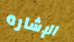
الإشاره